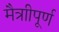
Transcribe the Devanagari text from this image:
मैत्राीपूर्ण